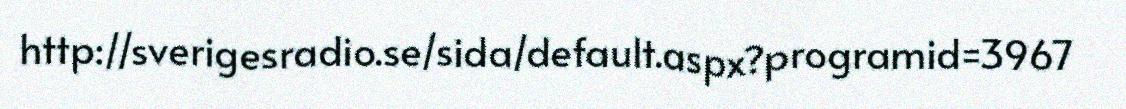
http://sverigesradio.se/sida/default.aspx?programid=3967